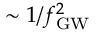
\sim 1 / \ensuremath { f _ { \mathrm { G W } } } ^ { 2 }